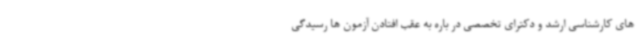
های کارشناسی ارشد و دکترای تخصصی در باره به عقب افتادن آزمون ها رسیدگی